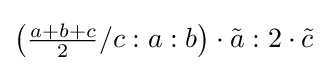
\left({\tfrac {a+b+c}{2}}/c:a:b\right)\cdot {\tilde {a}}:2\cdot {\tilde {c}}